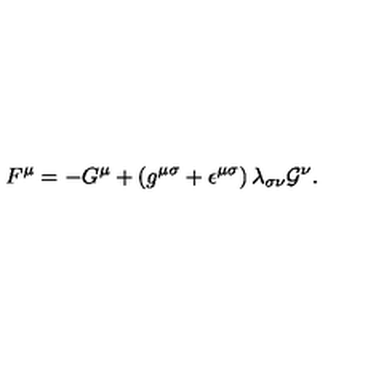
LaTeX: F ^ { \mu } = - G ^ { \mu } + \left( g ^ { { \mu } { \sigma } } + { \epsilon } ^ { { \mu } { \sigma } } \right) { \lambda } _ { { \sigma } { \nu } } { \cal G } ^ { \nu } .